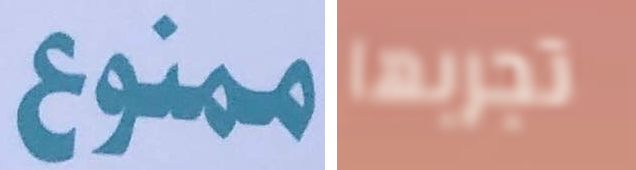
ممنوع تجربها